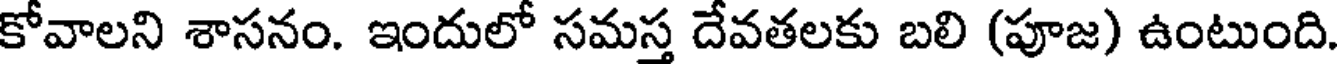
కోవాలని శాసనం. ఇందులో సమస్త దేవతలకు బలి (పూజ) ఉంటుంది